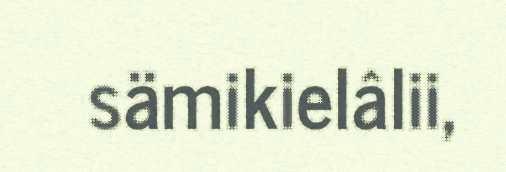
sämikielâlii,